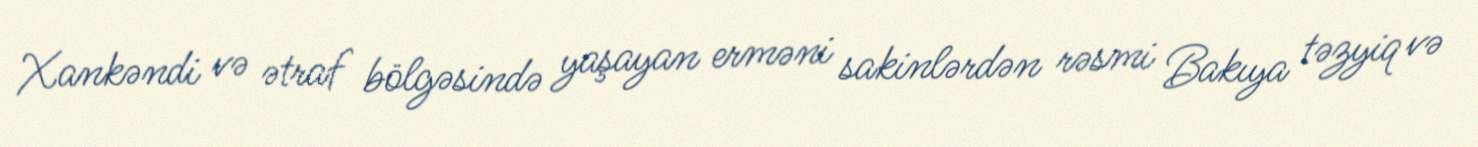
Xankəndi və ətraf bölgəsində yaşayan erməni sakinlərdən rəsmi Bakıya təzyiq və